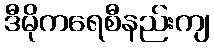
ဒီမိုကရေစီနည်းကျ